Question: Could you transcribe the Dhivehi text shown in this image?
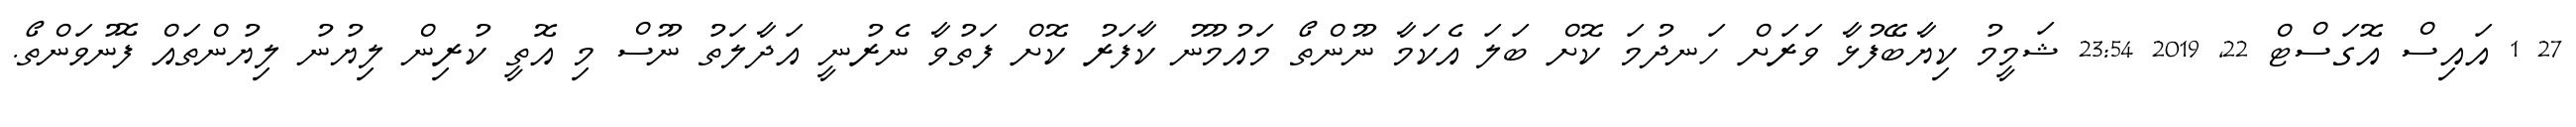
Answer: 27 1 އައިސް އޮގަސްޓް 22, 2019 23:54 ޝަމީމު ކިޔާބޭފުޅާ ވަރަށް ހަނދުމަ ކޮށް ބަލަ އެކަމާ ނޫންތޯ މައުމޫނު ކާފަރު ކޮށް ފަތުވާ ނެރުނީ އަދާލަތު ނޫސް މި އޮތީ ކުރިން ލިޔުނު ލިޔުންތައް ފޮނުވަންތޯ.